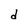
Character: d